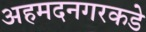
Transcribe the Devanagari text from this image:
अहमदनगरकडे